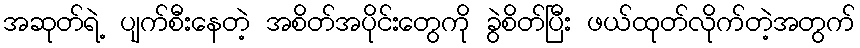
အဆုတ်ရဲ့ ပျက်စီးနေတဲ့ အစိတ်အပိုင်းတွေကို ခွဲစိတ်ပြီး ဖယ်ထုတ်လိုက်တဲ့အတွက်